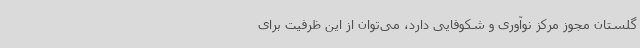
گلستان مجوز مرکز نوآوری و شکوفایی دارد، می‌توان از این ظرفیت برای